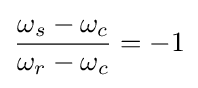
{\frac {\omega _{s}-\omega _{c}}{\omega _{r}-\omega _{c}}}=-1